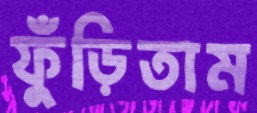
ফুঁড়িতাম